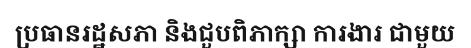
ប្រធានរដ្ឋសភា និងជួបពិភាក្សា ការងារ ជាមួយ